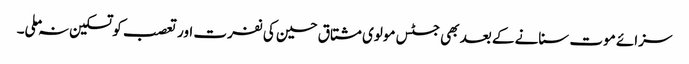
سزائے موت سنانے کے بعد بھی جسٹس مولوی مشتاق حسین کی نفرت اور تعصب کو تسکین نہ ملی۔